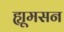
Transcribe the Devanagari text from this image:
ह्यूमसन